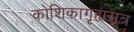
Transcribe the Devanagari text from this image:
कोशिकागृह्यसूत्र